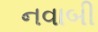
નવાબી